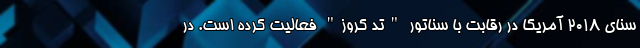
سنای 2018 آمریکا در رقابت با سناتور "تد کروز" فعالیت کرده است. در